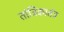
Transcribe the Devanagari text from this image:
तांत्रिकातंत्र